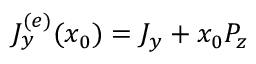
J _ { y } ^ { ( e ) } ( x _ { 0 } ) = J _ { y } + x _ { 0 } P _ { z }